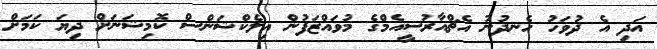
އަދި އެ ދުވަހު ހެނދުނު އެޗްއާރުސީއެމްގެ މުވައްޒަފުން އިލެކްޝަންސް ކޮމިޝަނަށް ދިޔަ ކަމަށް